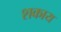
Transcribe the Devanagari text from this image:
शकाय